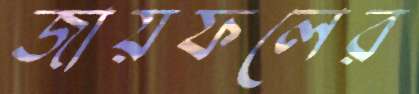
জায়ফলের